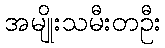
အမျိုးသမီးတဦး